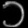
Digit: ၁